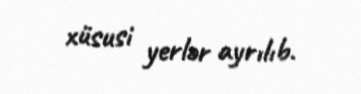
xüsusi yerlər ayrılıb.